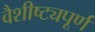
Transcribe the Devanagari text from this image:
वैशीष्ट्यपूर्ण